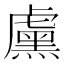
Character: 𬟱